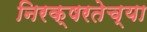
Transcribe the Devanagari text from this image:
निरक्षरतेच्या